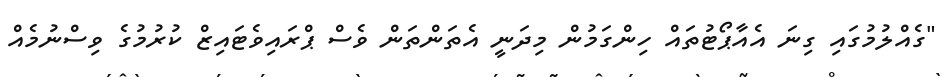
"ގެއްލުމުގައި ގިނަ އެއާޕޯޓުތައް ހިންގަމުން މިދަނީ އެތަންތަން ވެސް ޕްރައިވެޓައިޒް ކުރުމުގެ ވިސްނުމެއް